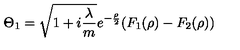
\Theta _ { 1 } = \sqrt { 1 + i \frac \lambda m } e ^ { - \frac \rho 2 } ( F _ { 1 } ( \rho ) - F _ { 2 } ( \rho ) )